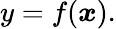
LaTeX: y=f({\boldsymbol{x}}).